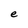
Character: e